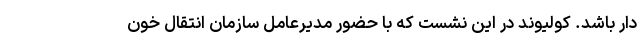
دار باشد. کولیوند در این نشست که با حضور مدیرعامل سازمان انتقال خون